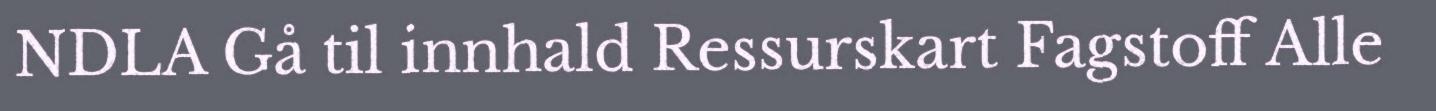
NDLA Gå til innhald Ressurskart Fagstoff Alle